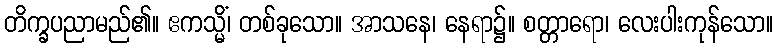
တိက္ခပညာမည်၏။ ဧကသ္မိံ၊ တစ်ခုသော။ အာသနေ၊ နေရာ၌။ စတ္တာရော၊ လေးပါးကုန်သော။